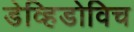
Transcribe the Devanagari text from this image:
डेव्हिडोविच